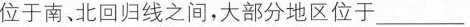
位于南、北回归线之间，大部分地区位于___